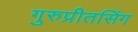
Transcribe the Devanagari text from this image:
गुरुप्रीतसिंग